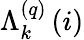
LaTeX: \Lambda_{k}^{\left(q\right)}\left(i\right)